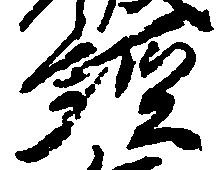
経